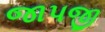
જાપજી